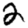
Digit: 2